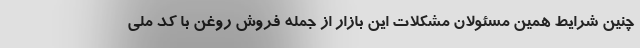
چنین شرایط همین مسئولان مشکلات این بازار از جمله فروش روغن با کد ملی